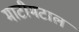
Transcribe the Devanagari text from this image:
माटीमटाल